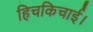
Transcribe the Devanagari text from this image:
हिचकिचाई।